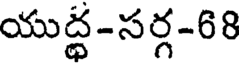
యుద్ధ-సర్గ-68